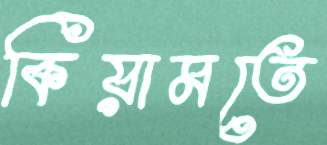
কিয়ামতে